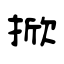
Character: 掀